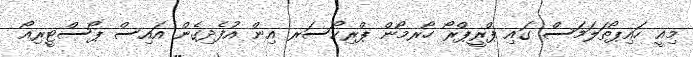
މިއީ ހައިޕޯތަލަމަސް ގައި ޕްރީޕްރޯ ހޯރމޯން ޕްރިކޯސަރ އިން އުފެދިގެން އައިސް ޕޯސްޓީރިއޯ